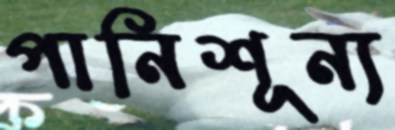
পানিশূন্য